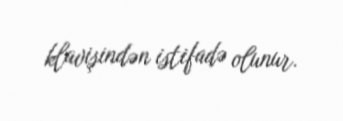
klavişindən istifadə olunur.